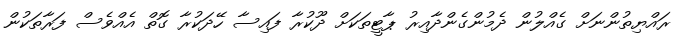
ރައްޔިތުންނަށް ގެއްލުން ދެމުންގެންދާއިރު ޕާޓީތަކަށް ދޫކުރާ ފައިސާ ހޭދަކުރާ ގޮތް އެއްވެސް ފަރާތަކުން